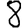
Digit: 8